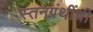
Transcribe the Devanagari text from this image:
स्तनग्रंथींची